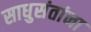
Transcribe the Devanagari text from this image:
साधुसंतांना